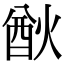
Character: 㷕